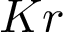
K r